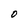
Character: 0